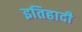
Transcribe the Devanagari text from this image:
इतिहादी